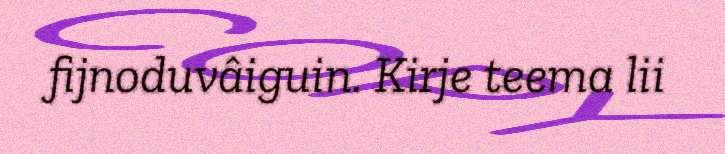
fijnoduvâiguin. Kirje teema lii